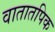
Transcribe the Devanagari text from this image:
वातातपिक